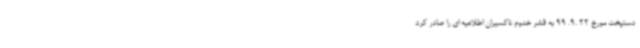
دستپخت مورخ 22 .9. 99 به قشر خدوم تاکسیران اطلاعیه ای را صادر کرد